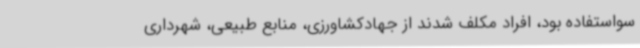
سواستفاده بود، افراد مکلف شدند از جهادکشاورزی، منابع طبیعی، شهرداری